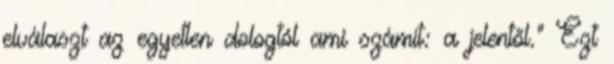
elválaszt az egyetlen dologtól ami számít: a jelentől." Ezt